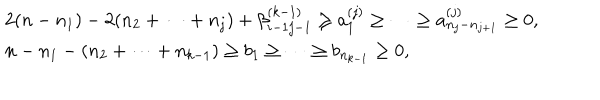
LaTeX: \begin{array} { l } { { 2 ( n - n _ { 1 } ) - 2 ( n _ { 2 } + \cdots + n _ { j } ) + \beta _ { i - 1 j - 1 } ^ { ( k - 1 ) } \geq a _ { 1 } ^ { ( j ) } \geq \cdots \geq a _ { n _ { j } - n _ { j + 1 } } ^ { ( j ) } \geq 0 , } } \\ { { n - n _ { 1 } - ( n _ { 2 } + \cdots + n _ { k - 1 } ) \geq b _ { 1 } \geq \cdots \geq b _ { n _ { k - 1 } } \geq 0 , } } \\ \end{array}